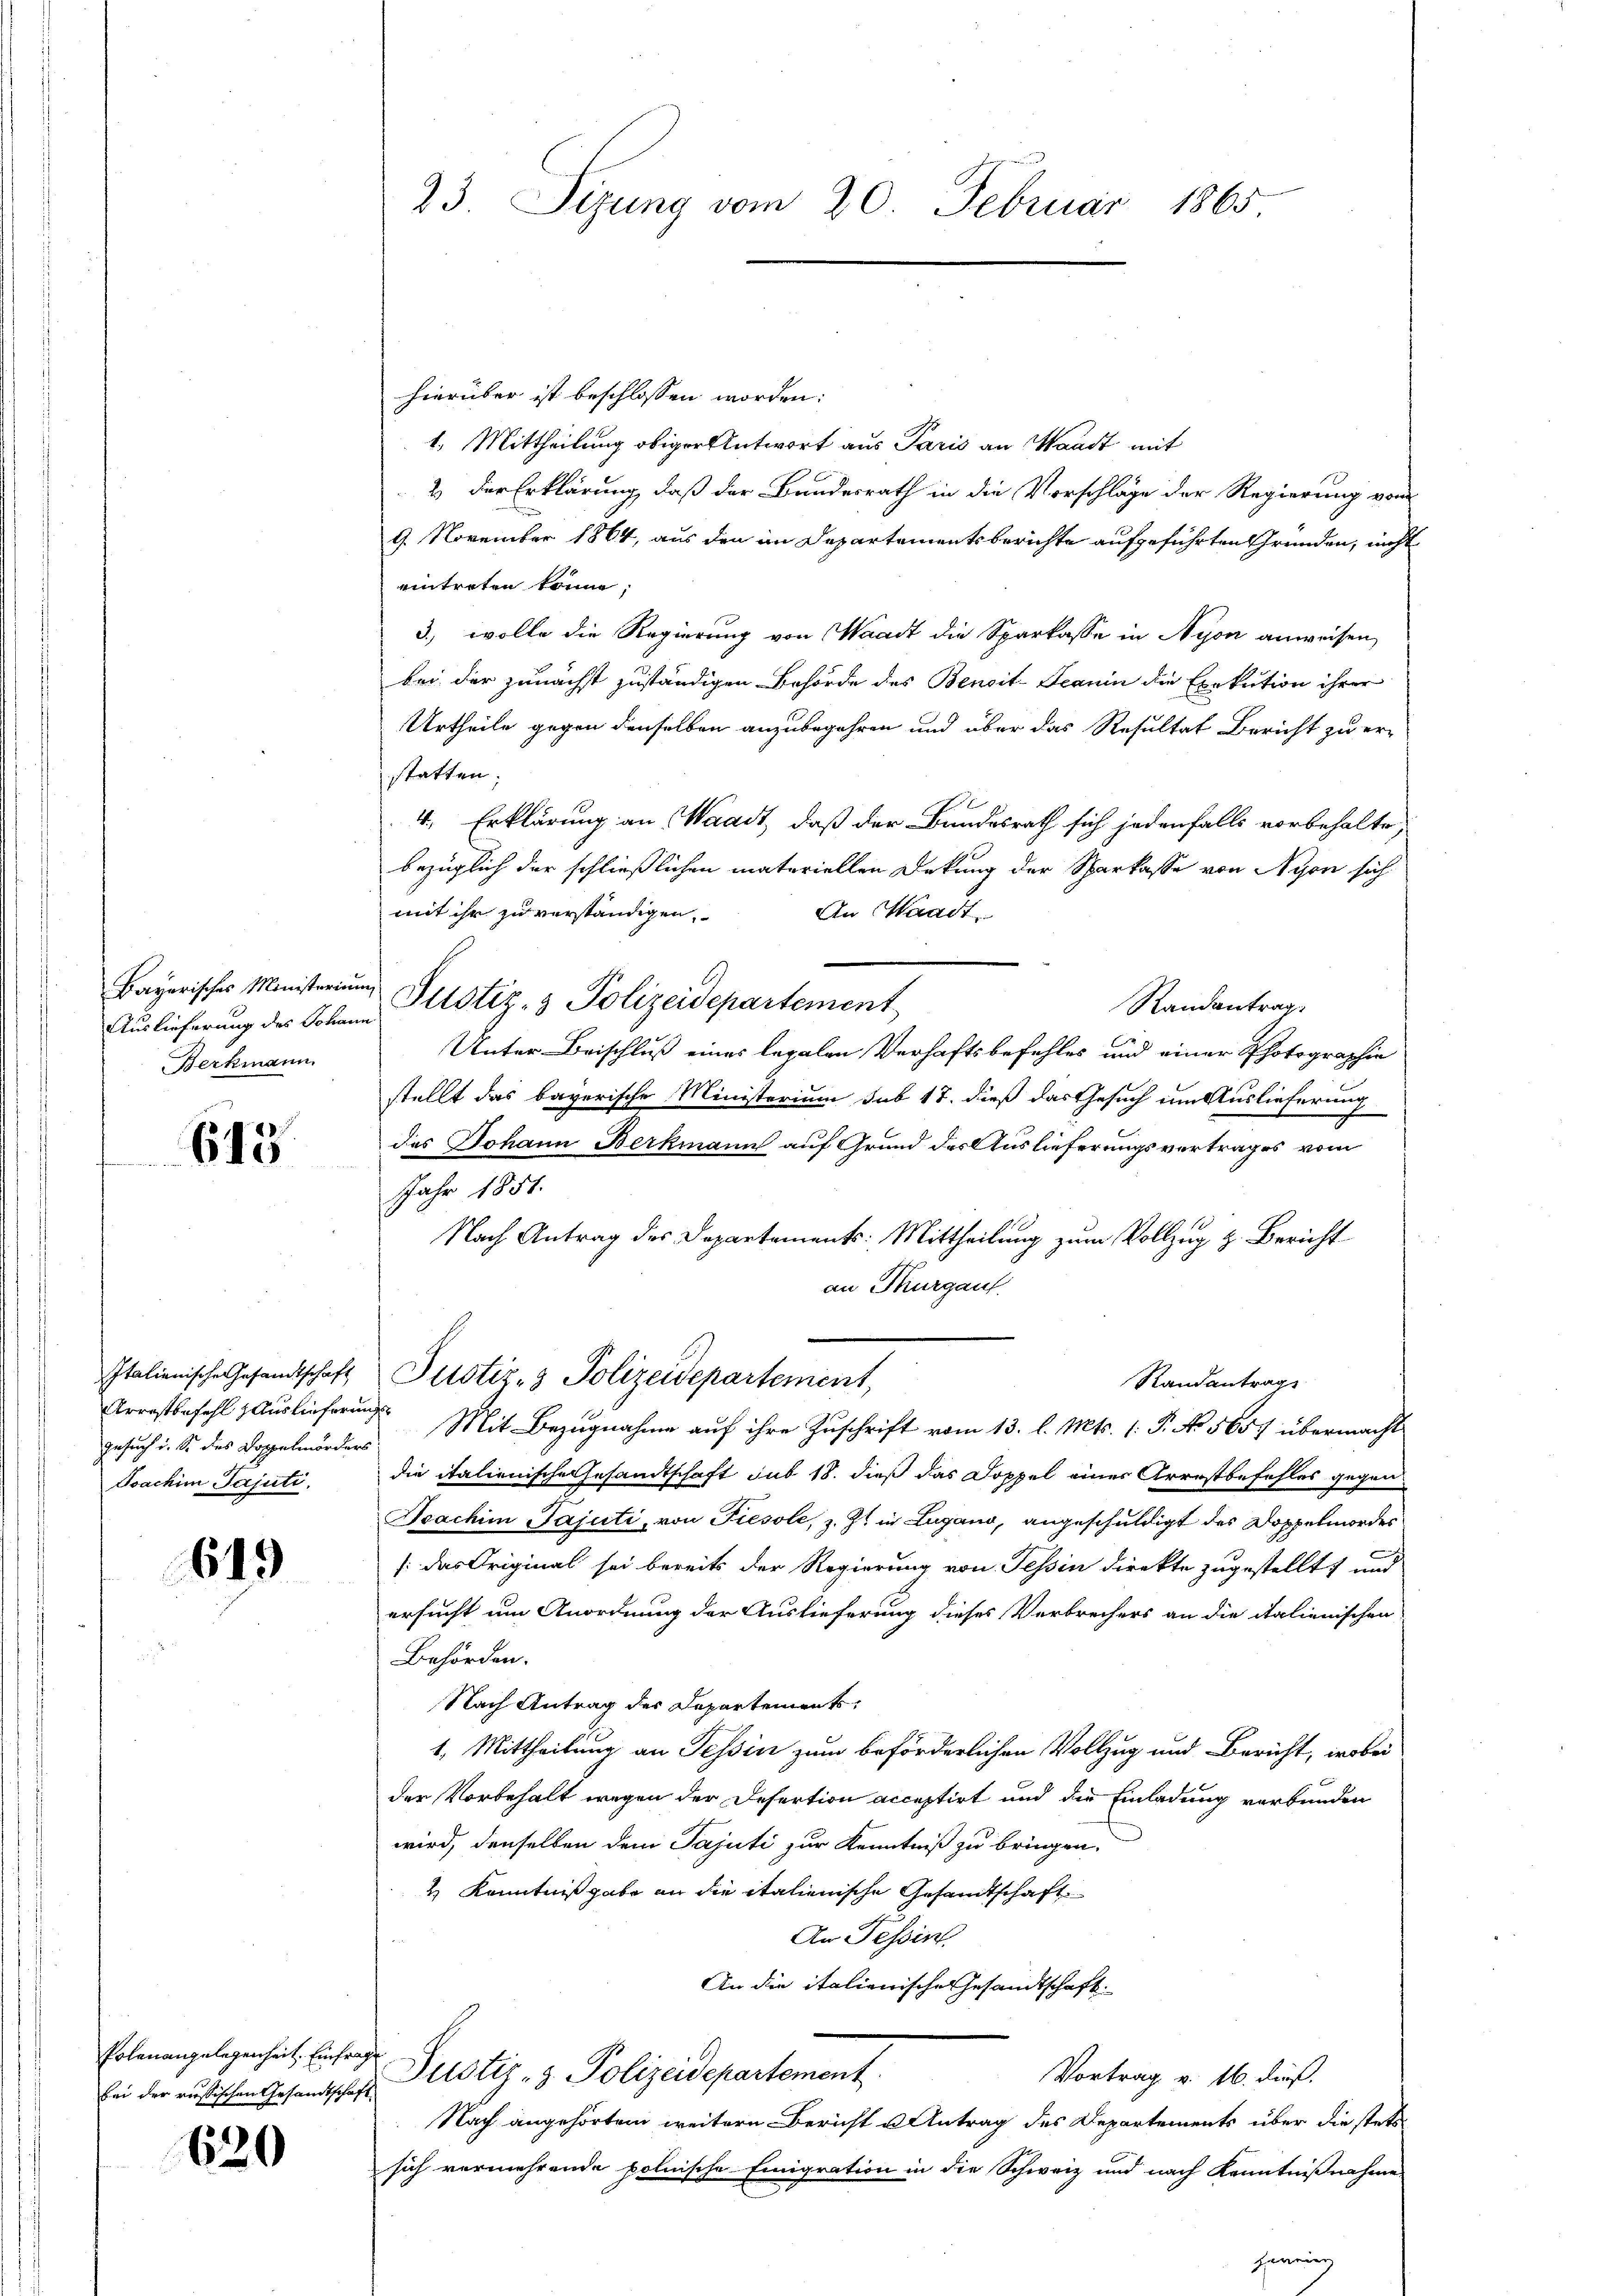
Auslieferung des Johann
Berkmann

613.

Arrestbefehl, Auslieferungs
Gesuch i. S. des Doppelmorders
Toachim Pajuti.

619

hierüber ist beschlossen worden:
1. Mittheilung obiger Antwort aus Paris an Waadt mit
2.) Der Erklärung, daß der Bundesrath in die Vorschläge der Regierung vom
9. November 1864, aus den im Departementsberichte aufgeführten Gründen, nicht
eintreten könne;
3., wolle die Regierung von Waadt die Sparkasse in Nyon anweisen,
bei der zunächst zuständigen Behörde des Benoit-Seanin die Exekution ihrer
Urtheile gegen denselben anzubegehren und über das Resultat Bericht zu er-
statten;
4. Erklärung an Waadt, daß der Bundesrath sich jedenfalls vorbehalte
bezüglich der schließlichen materiellen Deckung der Sparkasse von Nyon sich
mit ihr zu verständigen,
An Waadt,
Randantrag
Unter Beischluß eines legalen Verhaftsbefehles und einer Photographie
stellt das bayerische Ministerium sub 18. dieß das Gesuch um Auslieferung

des Johann Berkmann auf Grund des Auslieferungsvertrages vom
Jahr 1851.
Nach Antrag des Departements: Mittheilung zum Vollzug z. Bericht
an Thurgau
Italienische Gesandtschaft Pitstiz- & Polizeidepartement,
Standantrage
Mit Bezugnahme auf ihre Zuschrift vom 13. l. Mts. (: P. No. 5657 übermacht
die italienische Gesandtschaft sub 18. dieß das Doppel eines Arrestbefehles gegen
Boachim Pajuti, von Fresole, z. Zt. in Lugano, angeschuldigt des Doppelmordes
[das Original sei bereits der Regierung von Tessin direkte zugestellt, und
ersucht um Anordnung der Auslieferung dieses Verbrechers an die italienischen
Behörden.
Nach Antrag der Departements
1. Mittheilung an Tessin zum beförderlichen Vollzug und Bericht, wobei
der Vorbehalt wegen der Defertion acceptirt und die Einladung verbunden
wird, denselben dem Pajuti zur Kenntniß zu bringen,
2) Kenntnißgabe an die italienische Gesandtschaft
An Tessin.
An die italienische Gesandtschaft.
Vortrag v. 16. dieß.
Ein der rusischen Gesandtsches Altstiz- & Polizeidepartement.
Nach angehörtem weitern Bericht u Antrag des Departements über die stets
sich vermehrende polnische Einigration in die Schweiz und nach Kenntnißnahme

Polen angelegenheit. Einfrag

620

23. Sizung vom 20. Februar 1865

Bayerisches Ministerium Pitstiz- & Polizeidepartement

her